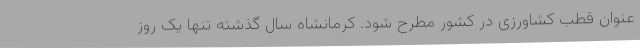
عنوان قطب کشاورزی در کشور مطرح شود. کرمانشاه سال گذشته تنها یک روز